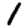
Digit: 1